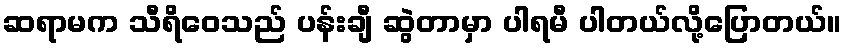
ဆရာမက သီရိဝေသည် ပန်းချီ ဆွဲတာမှာ ပါရမီ ပါတယ်လို့ပြောတယ်။